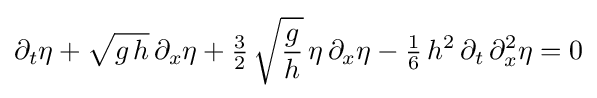
\partial _{t}\eta +{\sqrt {g\,h}}\,\partial _{x}\eta +{\tfrac {3}{2}}\,{\sqrt {\frac {g}{h}}}\,\eta \,\partial _{x}\eta -{\tfrac {1}{6}}\,h^{2}\,\partial _{t}\,\partial _{x}^{2}\eta =0